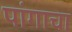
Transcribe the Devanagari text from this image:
पांगाचा